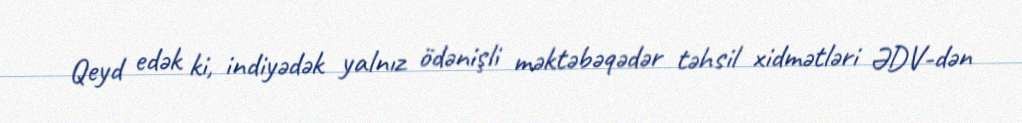
Qeyd edək ki, indiyədək yalnız ödənişli məktəbəqədər təhsil xidmətləri ƏDV-dən